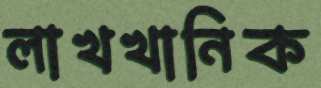
লাখখানিক